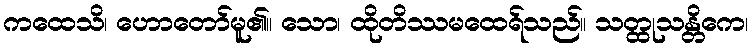
ကထေသိ၊ ဟောတော်မူ၏။ သော၊ ထိုတိဿမထေရ်သည်။ သတ္ထုသန္တိကေ၊